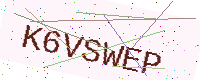
Text: K6VSWEP